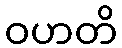
ဝဟတိ